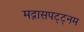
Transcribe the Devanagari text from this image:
मद्रासपट्ट्नम